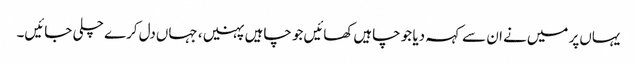
یہاں‌پر میں‌نے ان سے کہہ دیا جو چاہیں‌کھائیں‌جو چاہیں پہنیں، جہاں‌دل کرے چلی جائیں۔